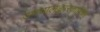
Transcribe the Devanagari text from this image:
उभयालङ्कारकारिका